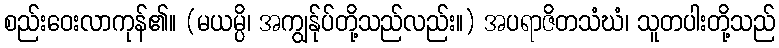
စည်းဝေးလာကုန်၏။ (မယမ္ပိ၊ အကျွန်ုပ်တို့သည်လည်း။) အပရာဇိတသံဃံ၊ သူတပါးတို့သည်